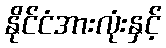
နိုင်ငံအားလုံးနှင့်